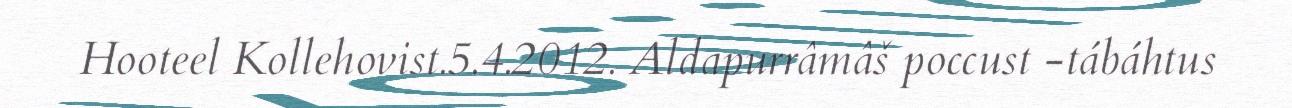
Hooteel Kollehovist.5.4.2012. Aldapurrâmâš poccust -tábáhtus